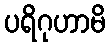
ပရိဂုဟာမိ